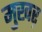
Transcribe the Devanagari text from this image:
मुखऱ